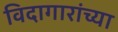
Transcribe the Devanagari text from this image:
विदागारांच्या